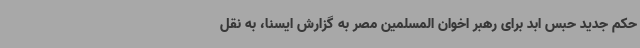
حکم جدید حبس ابد برای رهبر اخوان المسلمین مصر به گزارش ایسنا، به نقل